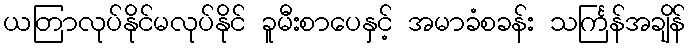
ယတြာလုပ်နိုင်မလုပ်နိုင် ခူမီးစာပေနှင့် အမာခံစခန်း သင်္ကြန်အချိန်